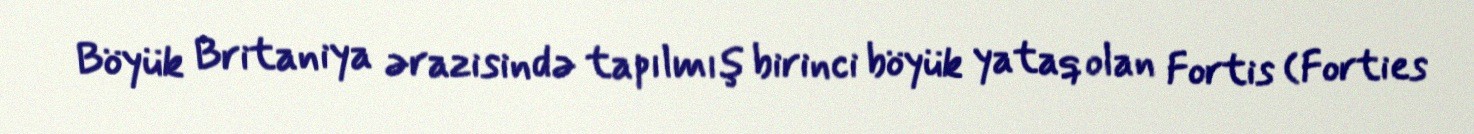
Böyük Britaniya ərazisində tapılmış birinci böyük yataq olan Fortis (Forties